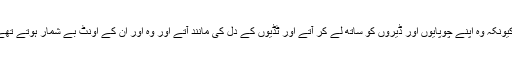
5کیونکہ وہ اپنے چَوپایوں اور ڈیروں کو ساتھ لے کر آتے اور ٹِڈّیوں کے دَل کی مانِند آتے اور وہ اور اُن کے اُونٹ بے شُمار ہوتے تھے ۔